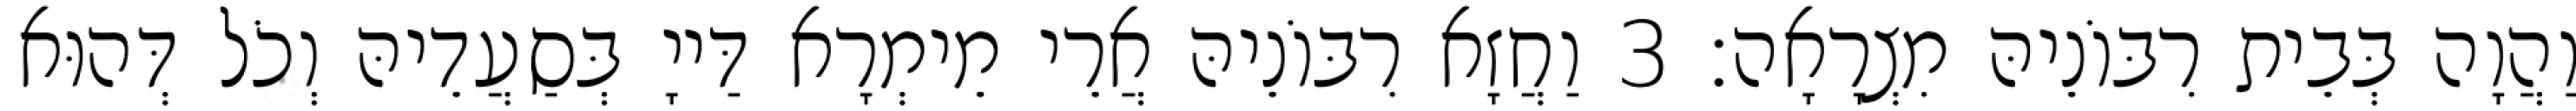
וַהֲוָה בְּבֵית רִבּוֹנֵיהּ מִצְרָאָה׃ 3 וַחֲזָא רִבּוֹנֵיהּ אֲרֵי מֵימְרָא דַּייָ בְּסַעֲדֵיהּ וְכֹל דְּהוּא